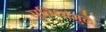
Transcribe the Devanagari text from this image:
सुविधांमुळे